Annual report of the Punjab Veterinary College and of the Civil Veterinary Department, Punjab - 1920-1925
Year: 1920
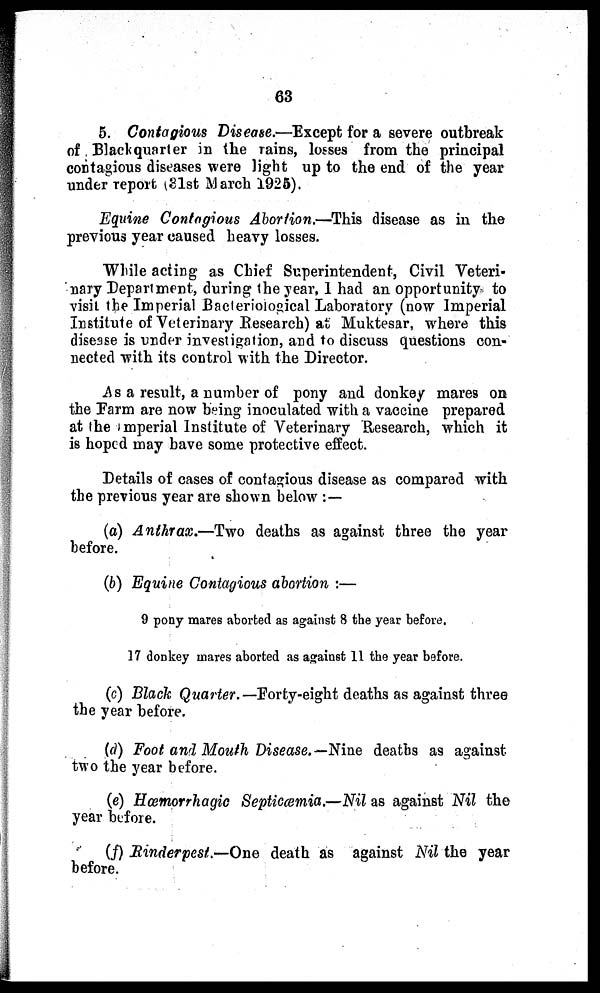
63
5. Contagious Disease.—Except for a severe outbreak
of Blackquarter in the rains, losses from the principal
contagious diseases were light up to the end of the year
under report (31st March 1925).
Equine Contagious Abortion.—This disease as in the
previous year caused heavy losses.
While acting as Chief Superintendent, Civil Veteri-
nary Department, during the year, I had an opportunity to
visit the Imperial Bacteriological Laboratory (now Imperial
Institute of Veterinary Research) at Muktesar, where this
disease is under investigation, and to discuss questions con-
nected with its control with the Director.
As a result, a number of pony and donkey mares on
the Farm are now being inoculated with a vaccine prepared
at the Imperial Institute of Veterinary Research, which it
is hoped may have some protective effect.
Details of cases of contagious disease as compared with
the previous year are shown below :—
(a) Anthrax.—Two deaths as against three the year
before.
(b) Equine Contagious abortion :—
9 pony mares aborted as against 8 the year before.
17 donkey mares aborted as against 11 the year before.
(c) Black Quarter.— Forty-eight deaths as against three
the year before.
(d) Foot and Mouth Disease.—Nine deaths as against
two the year before.
(e) Hæmorrhagic Septicæmia.—Nil as against Nil the
year before.
(f) Rinderpest.—One death as against Nil the year
before.